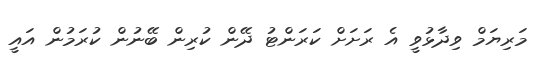
މަރިޔަމް ވިދާޅުވީ އެ ރަށަށް ކަރަންޓު ދޭން ކުރިން ބޭނުން ކުރަމުން އައީ